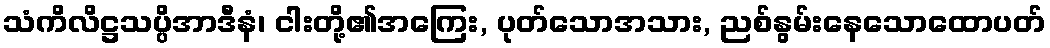
သံကိလိဋ္ဌသပ္ပိအာဒီနံ၊ ငါးတို့၏အကြေး, ပုတ်သောအသား, ညစ်နွမ်းနေသောထောပတ်